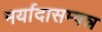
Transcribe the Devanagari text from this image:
मर्यादासम्पन्न